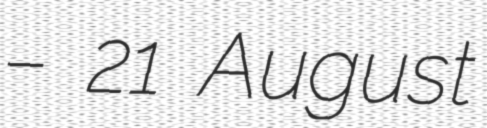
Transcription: – 21 August